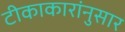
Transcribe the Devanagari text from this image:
टीकाकारांनुसार